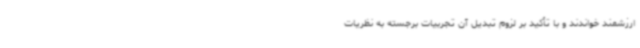
ارزشمند خواندند و با تأکید بر لزوم تبدیل آن تجربیات برجسته به نظریات